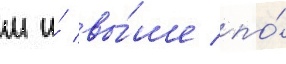
м и́ вы́ше по́